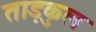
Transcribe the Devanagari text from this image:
ताड़कुल